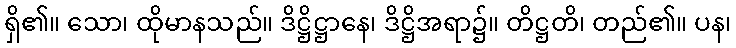
ရှိ၏။ သော၊ ထိုမာနသည်။ ဒိဋ္ဌိဋ္ဌာနေ၊ ဒိဋ္ဌိအရာ၌။ တိဋ္ဌတိ၊ တည်၏။ ပန၊